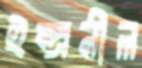
ইন্দ্রনীল